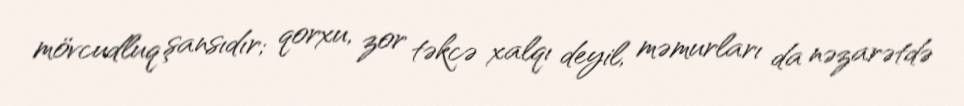
mövcudluq şansıdır; qorxu, zor təkcə xalqı deyil, məmurları da nəzarətdə